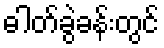
ဓါတ်ခွဲခန်းတွင်